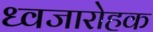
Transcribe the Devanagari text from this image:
ध्वजारोहक